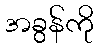
အခွန်ကို